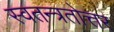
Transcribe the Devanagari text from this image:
स्वतन्त्रतोत्तर